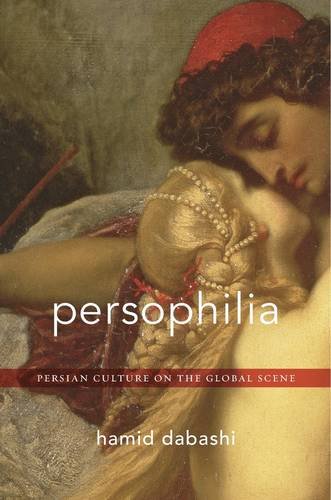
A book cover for Persophilia: Persian Culture on the Global Scene; Hamid Dabashi; Literature & Fiction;